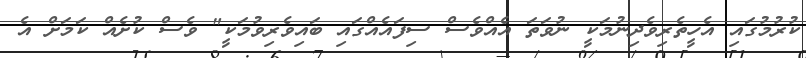
ކުރުމުގައި އެހީތެރިވެދިނުމަކީ ނުވަތަ އެއްވެސް ސިފައެއްގައި ބައިވެރިވުމަކީ" ވެސް ކުށެއް ކަމަށް އެ